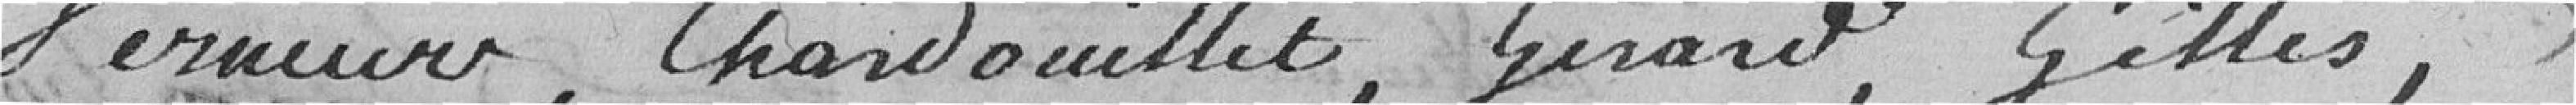
Vermeur, Chardouillet, Gerard, Gilles,